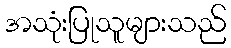
အသုံးပြုသူများသည်